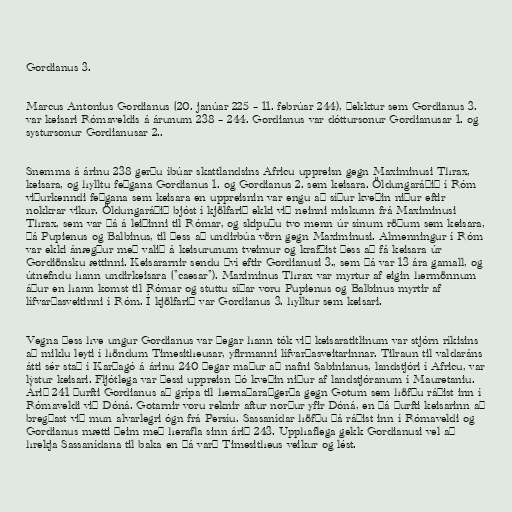
Gordianus 3.

Marcus Antonius Gordianus (20. janúar 225 – 11. febrúar 244), þekktur sem Gordianus 3.
var keisari Rómaveldis á árunum 238 – 244. Gordianus var dóttursonur Gordianusar 1. og
systursonur Gordianusar 2..

Snemma á árinu 238 gerðu íbúar skattlandsins Africu uppreisn gegn Maximinusi Thrax,
keisara, og hylltu feðgana Gordianus 1. og Gordianus 2. sem keisara. Öldungaráðið í Róm
viðurkenndi feðgana sem keisara en uppreisnin var engu að síður kveðin niður eftir
nokkrar vikur. Öldungaráðið bjóst í kjölfarið ekki við neinni miskunn frá Maximinusi
Thrax, sem var þá á leiðinni til Rómar, og skipuðu tvo menn úr sínum röðum sem keisara,
þá Pupienus og Balbinus, til þess að undirbúa vörn gegn Maximinusi. Almenningur í Róm
var ekki ánægður með valið á keisurunum tveimur og krafðist þess að fá keisara úr
Gordiönsku ættinni. Keisararnir sendu því eftir Gordianusi 3., sem þá var 13 ára gamall, og
útnefndu hann undirkeisara ("caesar"). Maximinus Thrax var myrtur af eigin hermönnum
áður en hann komst til Rómar og stuttu síðar voru Pupienus og Balbinus myrtir af
lífvarðasveitinni í Róm. Í kjölfarið var Gordianus 3. hylltur sem keisari.

Vegna þess hve ungur Gordianus var þegar hann tók við keisaratitlinum var stjórn ríkisins
að miklu leyti í höndum Timesitheusar, yfirmanni lífvarðasveitarinnar. Tilraun til valdaráns
átti sér stað í Karþagó á árinu 240 þegar maður að nafni Sabinianus, landstjóri í Africu, var
lýstur keisari. Fljótlega var þessi uppreisn þó kveðin niður af landstjóranum í Mauretaniu.
Árið 241 þurfti Gordianus að grípa til hernaðaraðgerða gegn Gotum sem höfðu ráðist inn í
Rómaveldi við Dóná. Gotarnir voru reknir aftur norður yfir Dóná, en þá þurfti keisarinn að
bregðast við mun alvarlegri ógn frá Persíu. Sassanídar höfðu þá ráðist inn í Rómaveldi og
Gordianus mætti þeim með herafla sinn árið 243. Upphaflega gekk Gordianusi vel að
hrekja Sassanídana til baka en þá varð Timesitheus veikur og lést.